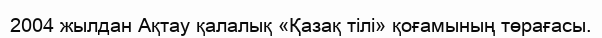
2004 жылдан Ақтау қалалық «Қазақ тілі» қоғамының төрағасы.